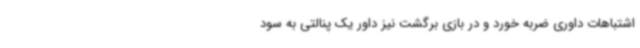
اشتباهات داوری ضربه خورد و در بازی برگشت نیز داور یک پنالتی به سود